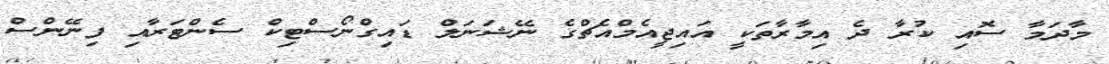
މާދަމާ ސޮއި ކުރާ ދެ އިމާރާތަކީ އައިޖީއެމްއެޗްގެ ނޭޝަނަލް ޑައިގްނޯސްޓިކް ސެންޓަރާއި ފިނޭންސް